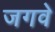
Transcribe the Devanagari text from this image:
जगवे